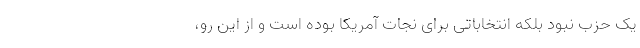
یک حزب نبود بلکه انتخاباتی برای نجات آمریکا بوده است و از این رو،